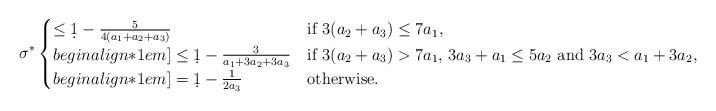
\begin{align*} \sigma^*\begin{cases}\le \d 1-\frac {5}{4(a_1+a_2+a_3)} & \mbox{if $3(a_2+a_3)\le 7a_1$, }\\begin{align*}1em]\le \d 1-\frac {3}{a_1+3a_2+3a_3} & \mbox{if $3(a_2+a_3)> 7a_1$, $3 a_3+a_1\le 5 a_2$ and $3 a_3< a_1+3 a_2$,}\\begin{align*}1em]= \d 1-\frac {1}{2a_3} & \mbox{otherwise.}\end{cases}\end{align*}